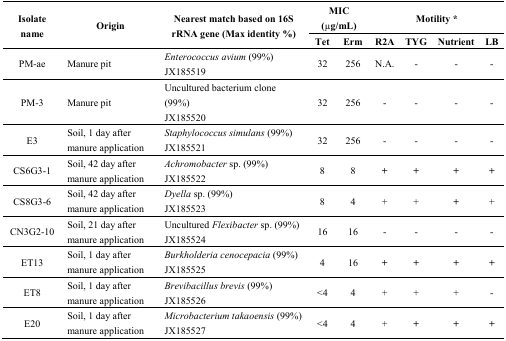
<table><thead><tr><td rowspan="2"><b>Isolate name</b></td><td rowspan="2"><b>Origin</b></td><td rowspan="2"><b>Nearest match based on 16S rRNA gene (Max identity %)</b></td><td colspan="2"><b>MIC (μg/mL)</b></td><td colspan="4"><b>Motility *</b></td></tr><tr><td><b>Tet</b></td><td><b>Erm</b></td><td><b>R2A</b></td><td><b>TYG</b></td><td><b>Nutrient</b></td><td><b>LB</b></td></tr></thead><tbody><tr><td>PM-ae</td><td>Manure pit</td><td><i>Enterococcus avium</i> (99%)JX185519</td><td>32</td><td>256</td><td>N.A.</td><td>-</td><td>-</td><td>-</td></tr><tr><td>PM-3</td><td>Manure pit</td><td>Uncultured bacterium clone (99%)JX185520</td><td>32</td><td>256</td><td>-</td><td>-</td><td>-</td><td>-</td></tr><tr><td>E3</td><td>Soil, 1 day after manure application</td><td><i>Staphylococcus simulans</i> (99%)JX185521</td><td>32</td><td>256</td><td>-</td><td>-</td><td>-</td><td>-</td></tr><tr><td>CS6G3-1</td><td>Soil, 42 day after manure application</td><td><i>Achromobacter</i> sp. (99%)JX185522</td><td>8</td><td>8</td><td>+</td><td>+</td><td>+</td><td>+</td></tr><tr><td>CS8G3-6</td><td>Soil, 42 day after manure application</td><td><i>Dyella</i> sp. (99%)JX185523</td><td>8</td><td>4</td><td>+</td><td>+</td><td>+</td><td>+</td></tr><tr><td>CN3G2-10</td><td>Soil, 21 day after manure application</td><td>Uncultured <i>Flexibacter</i> sp. (99%)JX185524</td><td>16</td><td>16</td><td>-</td><td>-</td><td>-</td><td>-</td></tr><tr><td>ET13</td><td>Soil, 1 day after manure application</td><td><i>Burkholderia cenocepacia</i> (99%)JX185525</td><td>4</td><td>16</td><td>+</td><td>+</td><td>+</td><td>+</td></tr><tr><td>ET8</td><td>Soil, 1 day after manure application</td><td><i>Brevibacillus brevis</i> (99%)JX185526</td><td>&lt;4</td><td>4</td><td>+</td><td>+</td><td>+</td><td>-</td></tr><tr><td>E20</td><td>Soil, 1 day after manure application</td><td><i>Microbacterium takaoensis</i> (99%)JX185527</td><td>&lt;4</td><td>4</td><td>+</td><td>+</td><td>+</td><td>+</td></tr></tbody></table>